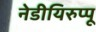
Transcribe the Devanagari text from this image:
नेडीयिरुप्पू